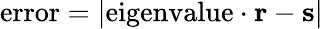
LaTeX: {\mathrm{error}}=|{\mathrm{eigenvalue}}\cdot\mathbf{r}-\mathbf{s}|